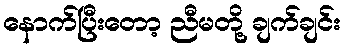
နောက်ပြီးတော့ ညီမတို့ ချက်ချင်း